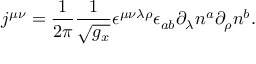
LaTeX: j ^ { \mu \nu } = \frac 1 { 2 \pi } \frac 1 { \sqrt { g _ { x } } } \epsilon ^ { \mu \nu \lambda \rho } \epsilon _ { a b } \partial _ { \lambda } n ^ { a } \partial _ { \rho } n ^ { b } .